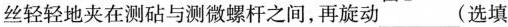
丝轻轻地夹在测砧与测微螺杆之间，再旋动(选填